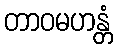
တာဝမဟန္တံ